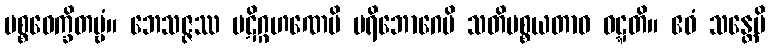
ပစ္စဝေက္ခိတဗ္ဗံ။ ဘေသဇ္ဇဿ ပဋိဂ္ဂဟဏေပိ ပရိဘောဂေပိ သတိပစ္စယတာဝ ဝဋ္ဋတိ။ ဧဝံ သန္တေပိ